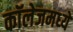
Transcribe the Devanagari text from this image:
कॉलेजमध्‍ये